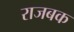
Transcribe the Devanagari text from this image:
राजबक